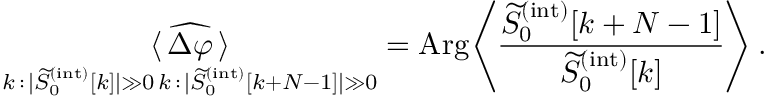
\underset { \substack { k \, : \, | \widetilde { S } _ { 0 } ^ { ( \mathrm { i n t } ) } [ k ] | \gg 0 \, k \, : \, | \widetilde { S } _ { 0 } ^ { ( \mathrm { i n t } ) } [ k + N - 1 ] | \gg 0 } } { \langle \, \widehat { \Delta \varphi } \, \rangle } = \mathrm { A r g } \Bigg \langle \frac { \widetilde { S } _ { 0 } ^ { ( \mathrm { i n t } ) } [ k + N - 1 ] } { \widetilde { S } _ { 0 } ^ { ( \mathrm { i n t } ) } [ k ] } \Bigg \rangle \, .